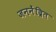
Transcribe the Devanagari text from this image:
जननेंद्रित